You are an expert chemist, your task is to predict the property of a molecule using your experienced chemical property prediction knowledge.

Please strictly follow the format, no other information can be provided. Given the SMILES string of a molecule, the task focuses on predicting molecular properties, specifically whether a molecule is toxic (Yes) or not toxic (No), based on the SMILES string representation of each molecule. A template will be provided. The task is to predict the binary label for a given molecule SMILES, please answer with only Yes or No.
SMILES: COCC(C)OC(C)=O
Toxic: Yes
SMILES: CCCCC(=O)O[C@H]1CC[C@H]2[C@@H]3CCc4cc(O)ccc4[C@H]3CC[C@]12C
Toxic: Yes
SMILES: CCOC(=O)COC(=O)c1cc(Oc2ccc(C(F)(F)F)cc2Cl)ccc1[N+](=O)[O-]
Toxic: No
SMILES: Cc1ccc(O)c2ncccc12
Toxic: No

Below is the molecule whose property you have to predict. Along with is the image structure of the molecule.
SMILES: CNC1(C)C2CCC(C2)C1(C)C
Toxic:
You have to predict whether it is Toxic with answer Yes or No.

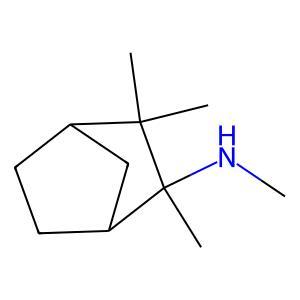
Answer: No